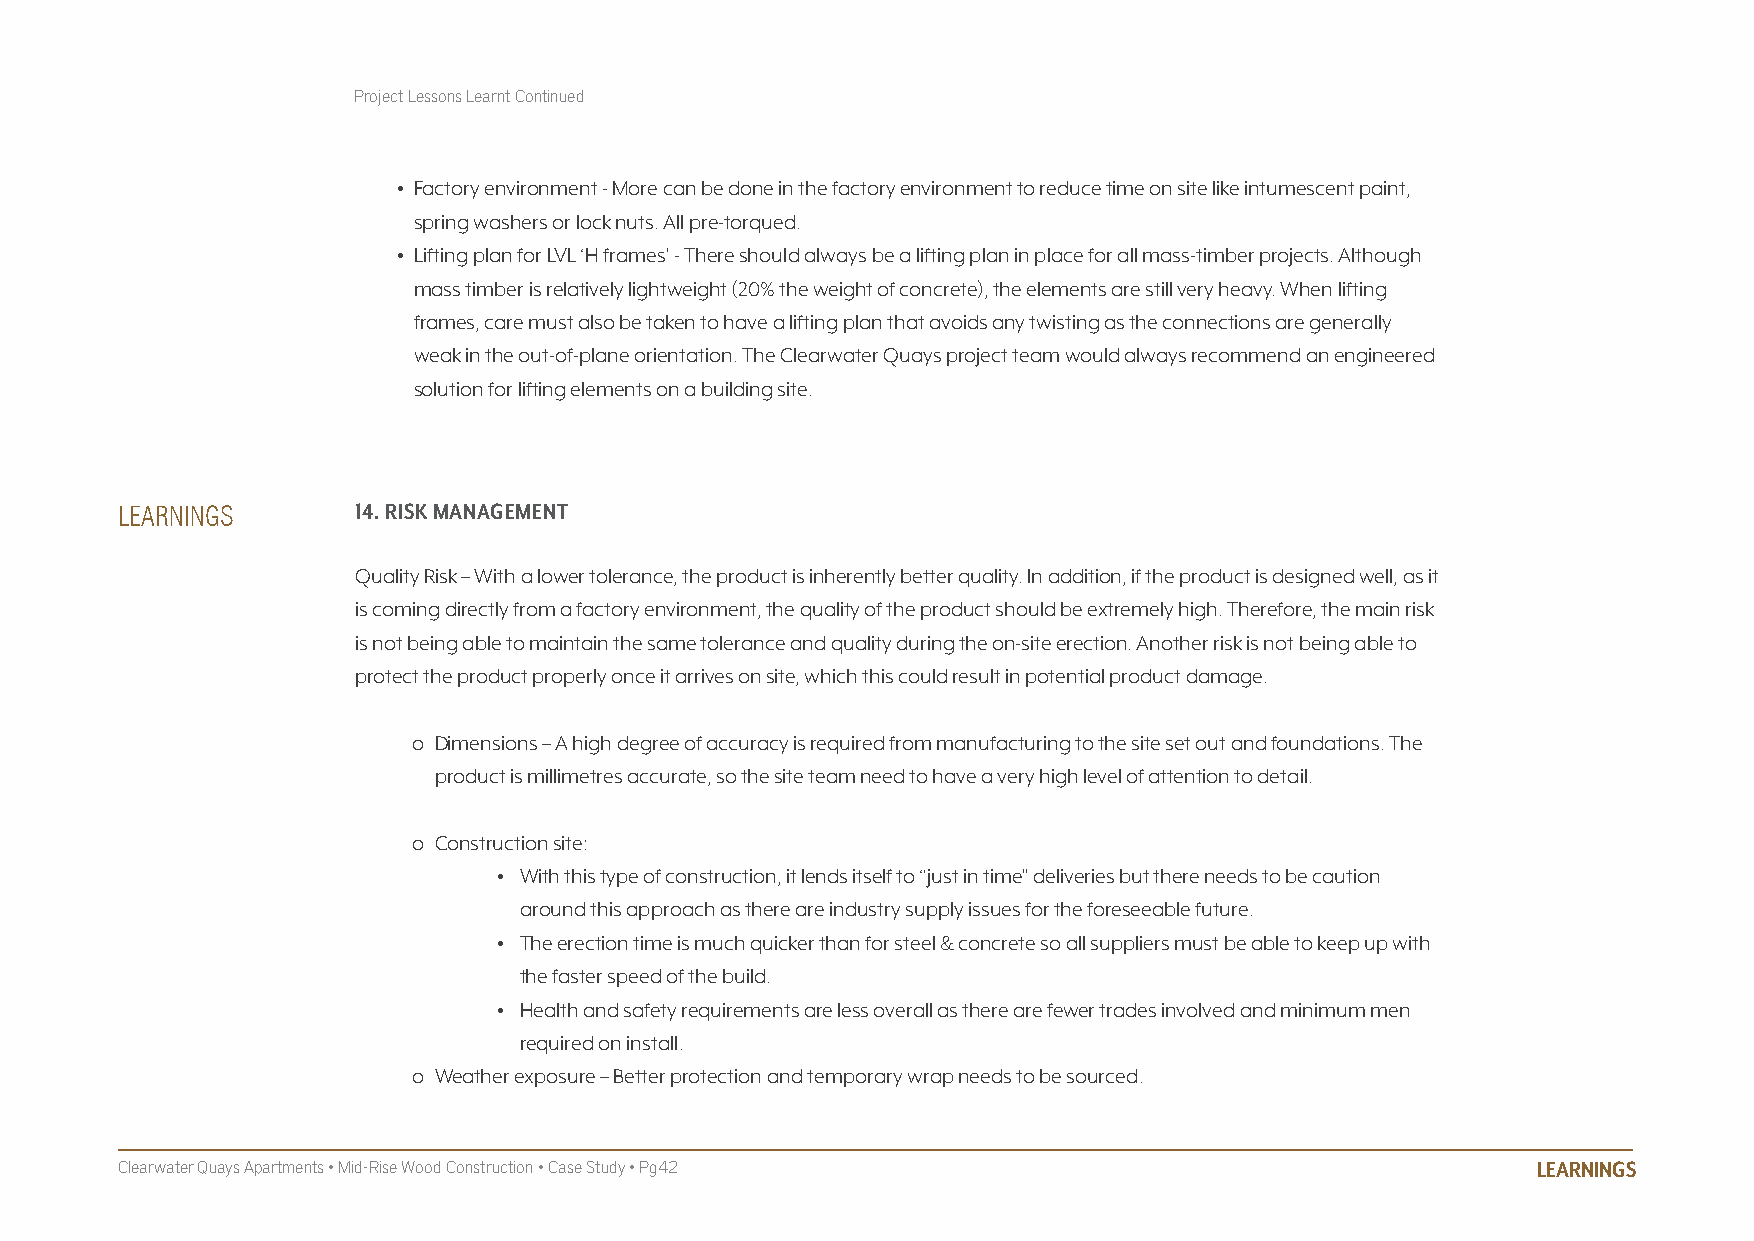
Project Lessons Learnt Continued
 • Factory environment - More can be done in the factory environment to reduce time on site like intumescent paint,
 spring washers or lock nuts. All pre-torqued.
 • Lifting plan for LVL ‘H frames’ - There should always be a lifting plan in place for all mass-timber projects. Although
 mass timber is relatively lightweight (20% the weight of concrete), the elements are still very heavy. When lifting
 frames, care must also be taken to have a lifting plan that avoids any twisting as the connections are generally
 weak in the out-of-plane orientation. The Clearwater Quays project team would always recommend an engineered
 solution for lifting elements on a building site.
 14. RISk mANAGEmENT
 LEARNINGS
 Quality Risk – With a lower tolerance, the product is inherently better quality. In addition, if the product is designed well, as it
 is coming directly from a factory environment, the quality of the product should be extremely high. Therefore, the main risk
 is not being able to maintain the same tolerance and quality during the on-site erection. Another risk is not being able to
 protect the product properly once it arrives on site, which this could result in potential product damage.
 o Dimensions – A high degree of accuracy is required from manufacturing to the site set out and foundations. The
 product is millimetres accurate, so the site team need to have a very high level of attention to detail.
 o Construction site:
 • With this type of construction, it lends itself to “just in time” deliveries but there needs to be caution
 around this approach as there are industry supply issues for the foreseeable future.
 • The erection time is much quicker than for steel & concrete so all suppliers must be able to keep up with
 the faster speed of the build.
 • Health and safety requirements are less overall as there are fewer trades involved and minimum men
 required on install.
 o Weather exposure – Better protection and temporary wrap needs to be sourced.
 Clearwater Quays Apartments • Mid-Rise Wood Construction • Case Study • Pg42                  LEARNINGS